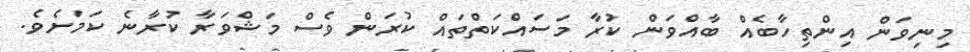
މިނިވަން އިންތިހާބެއް ބާއްވަން ކުރާ މަސައްކަތްތައް ކުރަން ވެސް މަޝްވަރާ ކުރާނެ ކަމަށެވެ.